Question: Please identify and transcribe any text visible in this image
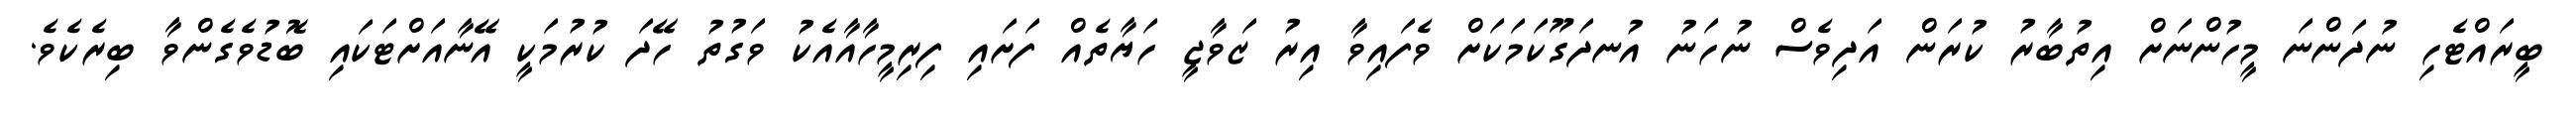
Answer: ބީރައްޓެހި ނުދަންނަ މީހުންނަށް އިތުބާރު ކުރަން އަދިވެސް ނުހަނު އުނދަގޫކަމަކަށް ވެފައިވާ އިރު ޒަވާޖީ ހަޔާތެއް ފަށައި ފިރިމީހާއާއެކު ވަގުތު ހޭދަ ކުރުމަކީ އޭނާއަށްޓަކައި ބޮޑުވެގެންވާ ބިރެކެވެ.